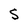
Character: S